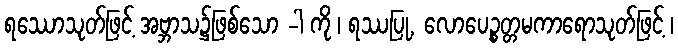
ရဿောသုတ်ဖြင့် အဗ္ဘာသ၌ဖြစ်သော -ါ ကို ၊ ရဿပြု, လောပေဉ္စတ္တမကာရောသုတ်ဖြင့် ၊